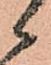
候